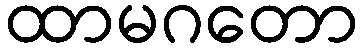
ထာမဂတော